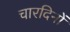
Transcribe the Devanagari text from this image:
चारदिनों